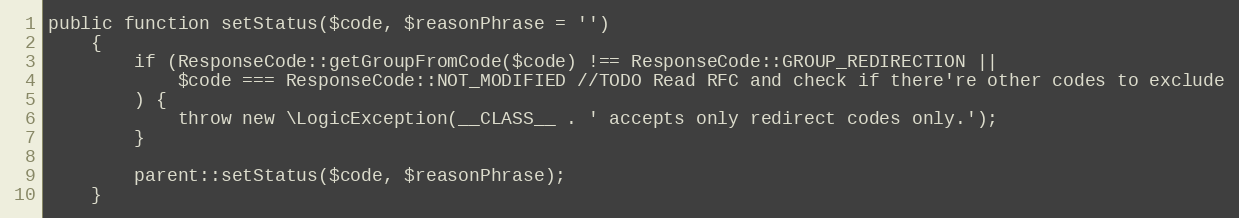
Language: PHP
public function setStatus($code, $reasonPhrase = '')
    {
        if (ResponseCode::getGroupFromCode($code) !== ResponseCode::GROUP_REDIRECTION ||
            $code === ResponseCode::NOT_MODIFIED //TODO Read RFC and check if there're other codes to exclude
        ) {
            throw new \LogicException(__CLASS__ . ' accepts only redirect codes only.');
        }

        parent::setStatus($code, $reasonPhrase);
    }